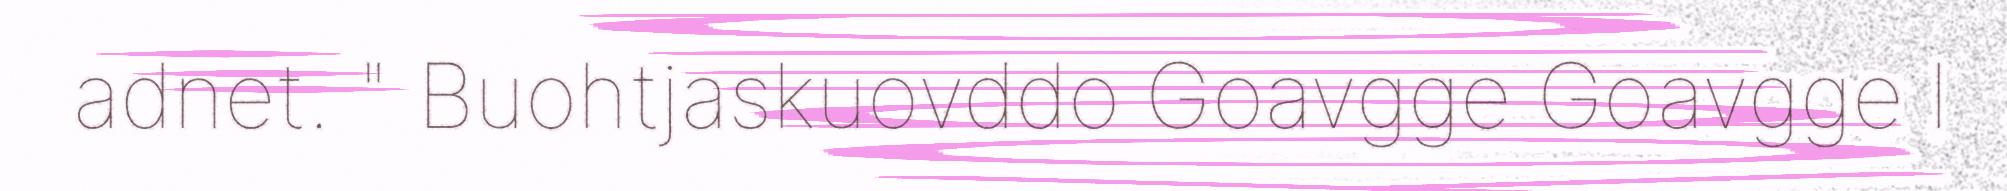
adnet. " Buohtjaskuovddo Goavgge Goavgge l